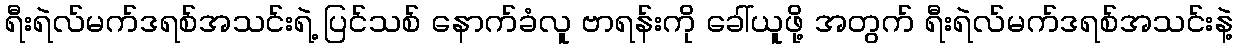
ရီးရဲလ်မက်ဒရစ်အသင်းရဲ့ ပြင်သစ် နောက်ခံလူ ဗာရန်းကို ခေါ်ယူဖို့ အတွက် ရီးရဲလ်မက်ဒရစ်အသင်းနဲ့